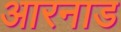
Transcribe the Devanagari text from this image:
आरनाड